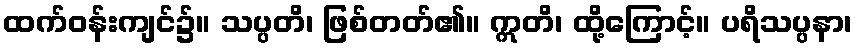
ထက်ဝန်းကျင်၌။ သပ္ပတိ၊ ဖြစ်တတ်၏။ ဣတိ၊ ထို့ကြောင့်။ ပရိသပ္ပနာ၊